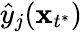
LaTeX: \hat{y}_{j}(\mathbf x_{t^{*}})